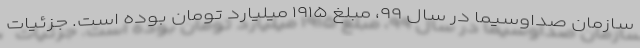
سازمان صداوسیما در سال ۹۹، مبلغ ۱۹۱۵ میلیارد تومان بوده است. جزئیات